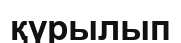
қүрылып